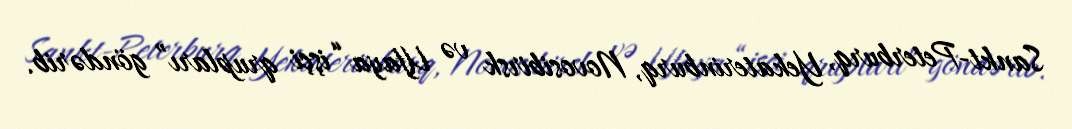
Sankt-Peterburq, Yekaterinburq, Novosibirsk və Ufaya “işçi qrupları” göndərib.